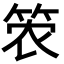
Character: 𮅎